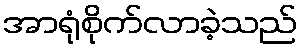
အာရုံစိုက်လာခဲ့သည်